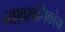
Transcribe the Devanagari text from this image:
व्यावसायिकांचा